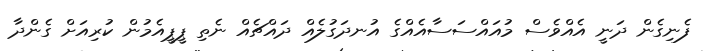
ފެނިގެން ދަނީ އެއްވެސް މުއައްސަސާއެއްގެ އުނދަގުލެއް ދައްޗެއް ނެތި ޕީޕީއެމުން ކުރިއަށް ގެންދާ